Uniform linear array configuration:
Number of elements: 24
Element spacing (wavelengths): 1
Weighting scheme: binomial
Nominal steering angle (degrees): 15
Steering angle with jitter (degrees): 13.285
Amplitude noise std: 0.05
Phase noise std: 0.05

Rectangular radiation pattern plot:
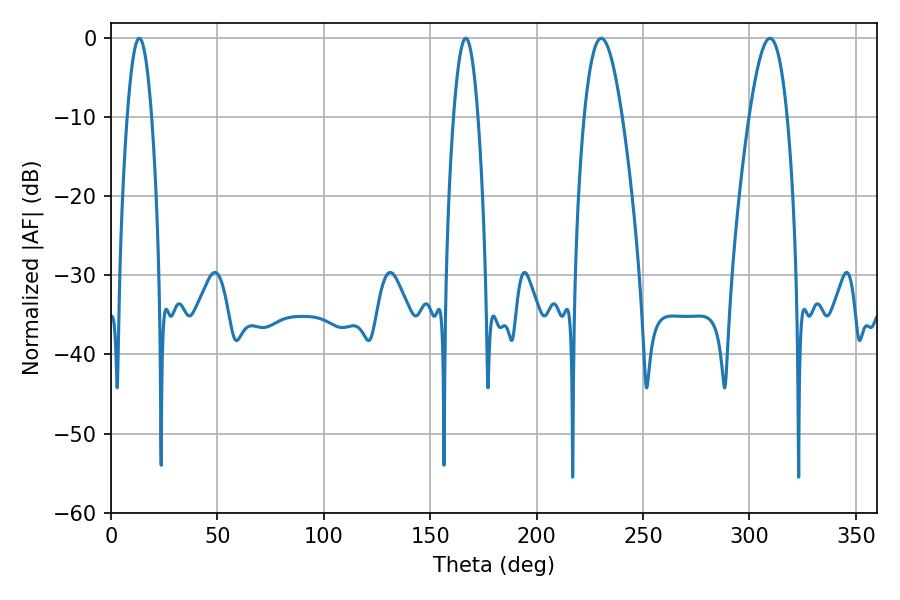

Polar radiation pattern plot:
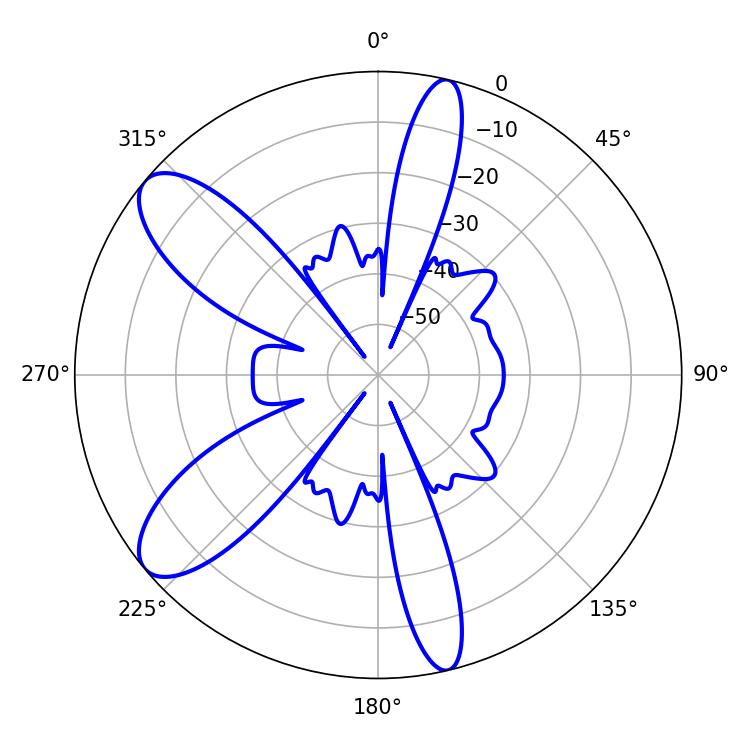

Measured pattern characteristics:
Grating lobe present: TRUE
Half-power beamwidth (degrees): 6.12
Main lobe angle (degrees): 13.32